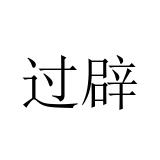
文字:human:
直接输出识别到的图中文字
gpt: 过辟